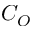
C _ { O }